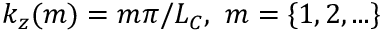
k _ { z } ( m ) = m \pi / L _ { C } , ~ m = \{ 1 , 2 , . . . \}